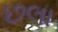
છલા